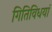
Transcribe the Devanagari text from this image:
गितिविधयां